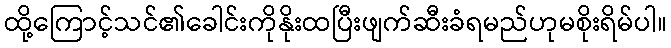
ထို့ကြောင့်သင်၏ခေါင်းကိုနိုးထပြီးဖျက်ဆီးခံရမည်ဟုမစိုးရိမ်ပါ။